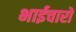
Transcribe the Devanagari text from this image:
भाईचारों